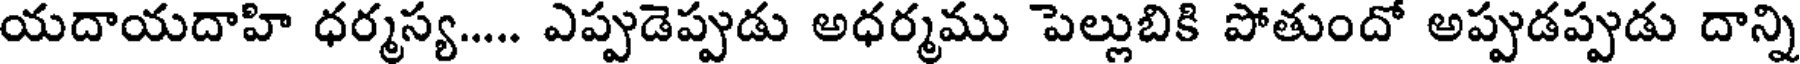
యదాయదాహి ధర్మస్య..... ఎప్పుడెప్పుడు అధర్మము పెల్లుబికి పోతుందో అప్పుడప్పుడు దాన్ని